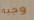
وجبه